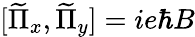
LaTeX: \begin{array}{r}{[\widetilde{\Pi}_{x},\widetilde{\Pi}_{y}]=ie\hbar B}\end{array}